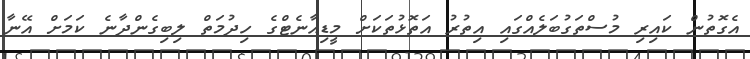
އެގޮތުން ކައިރި މުސްތަގުބަލެއްގައި އިތުރު އަތޮޅުތަކަށް މީޑިއާނެޓްގެ ހިދުމަތް ލިބިގެންދާނެ ކަމަށް އޭނާ